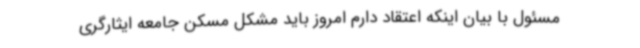
مسئول با بیان اینکه اعتقاد دارم امروز باید مشکل مسکن جامعه ایثارگری